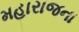
મહારાજના